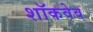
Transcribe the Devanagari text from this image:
शॉकवेव